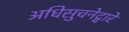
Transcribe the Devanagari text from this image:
अधिसुचनेद्वारे